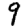
Digit: 9